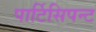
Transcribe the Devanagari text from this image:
पार्टिसिपन्ट